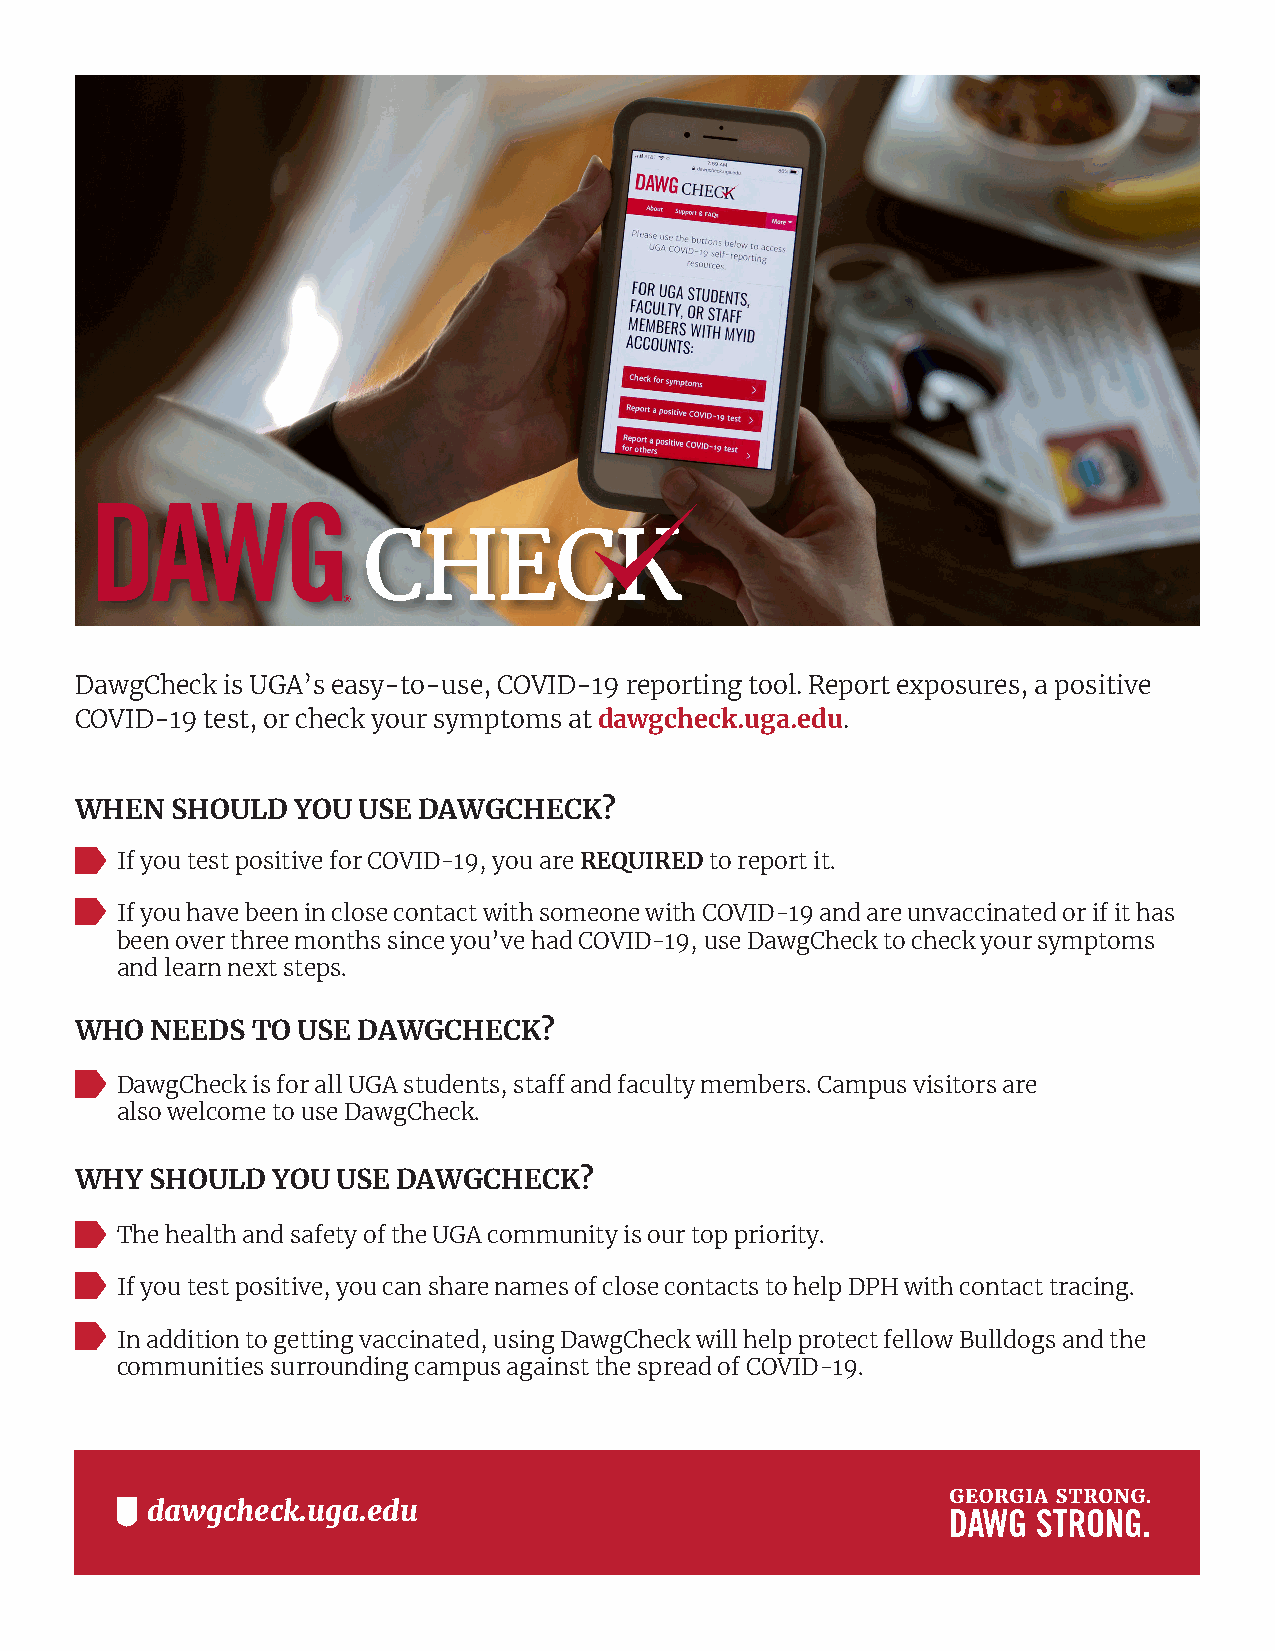
DawgCheck is UGA’s easy-to-use, COVID-19 reporting tool. Report exposures, a positive
 COVID-19 test, or check your symptoms at dawgcheck.uga.edu.
 WHEN  SHOULD  YOU  USE DAWGCHECK?
 If you test positive for COVID-19, you are REQUIRED to report it.
 If you have been in close contact with someone with COVID-19 and are unvaccinated or if it has
 been over three months since you’ve had COVID-19, use DawgCheck to check your symptoms
 and learn next steps.
 WHO  NEEDS  TO USE DAWGCHECK?
 DawgCheck is for all UGA students, staff and faculty members. Campus visitors are
 also welcome to use DawgCheck.
 WHY  SHOULD  YOU USE DAWGCHECK?
 The health and safety of the UGA community is our top priority.
 If you test positive, you can share names of close contacts to help DPH with contact tracing.
 In addition to getting vaccinated, using DawgCheck will help protect fellow Bulldogs and the
 communities surrounding campus against the spread of COVID-19.
 dawgcheck.uga.edu